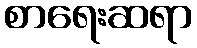
စာရေးဆရာ